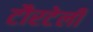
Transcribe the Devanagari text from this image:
टौरटेली